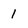
Character: 1